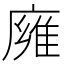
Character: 㢕